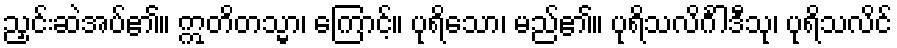
ညှင်းဆဲအပ်၏။ ဣတိတသ္မာ၊ ကြောင့်။ ပုရိသော၊ မည်၏။ ပုရိသလိင်္ဂါဒီသု၊ ပုရိသလိင်